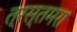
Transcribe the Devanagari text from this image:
त्रस्तमरा